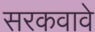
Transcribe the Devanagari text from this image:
सरकवावे